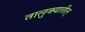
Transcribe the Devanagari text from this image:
तालुक्यातील्